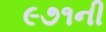
૯૭૧ની